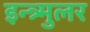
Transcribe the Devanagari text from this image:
इन्त्र्मुलर